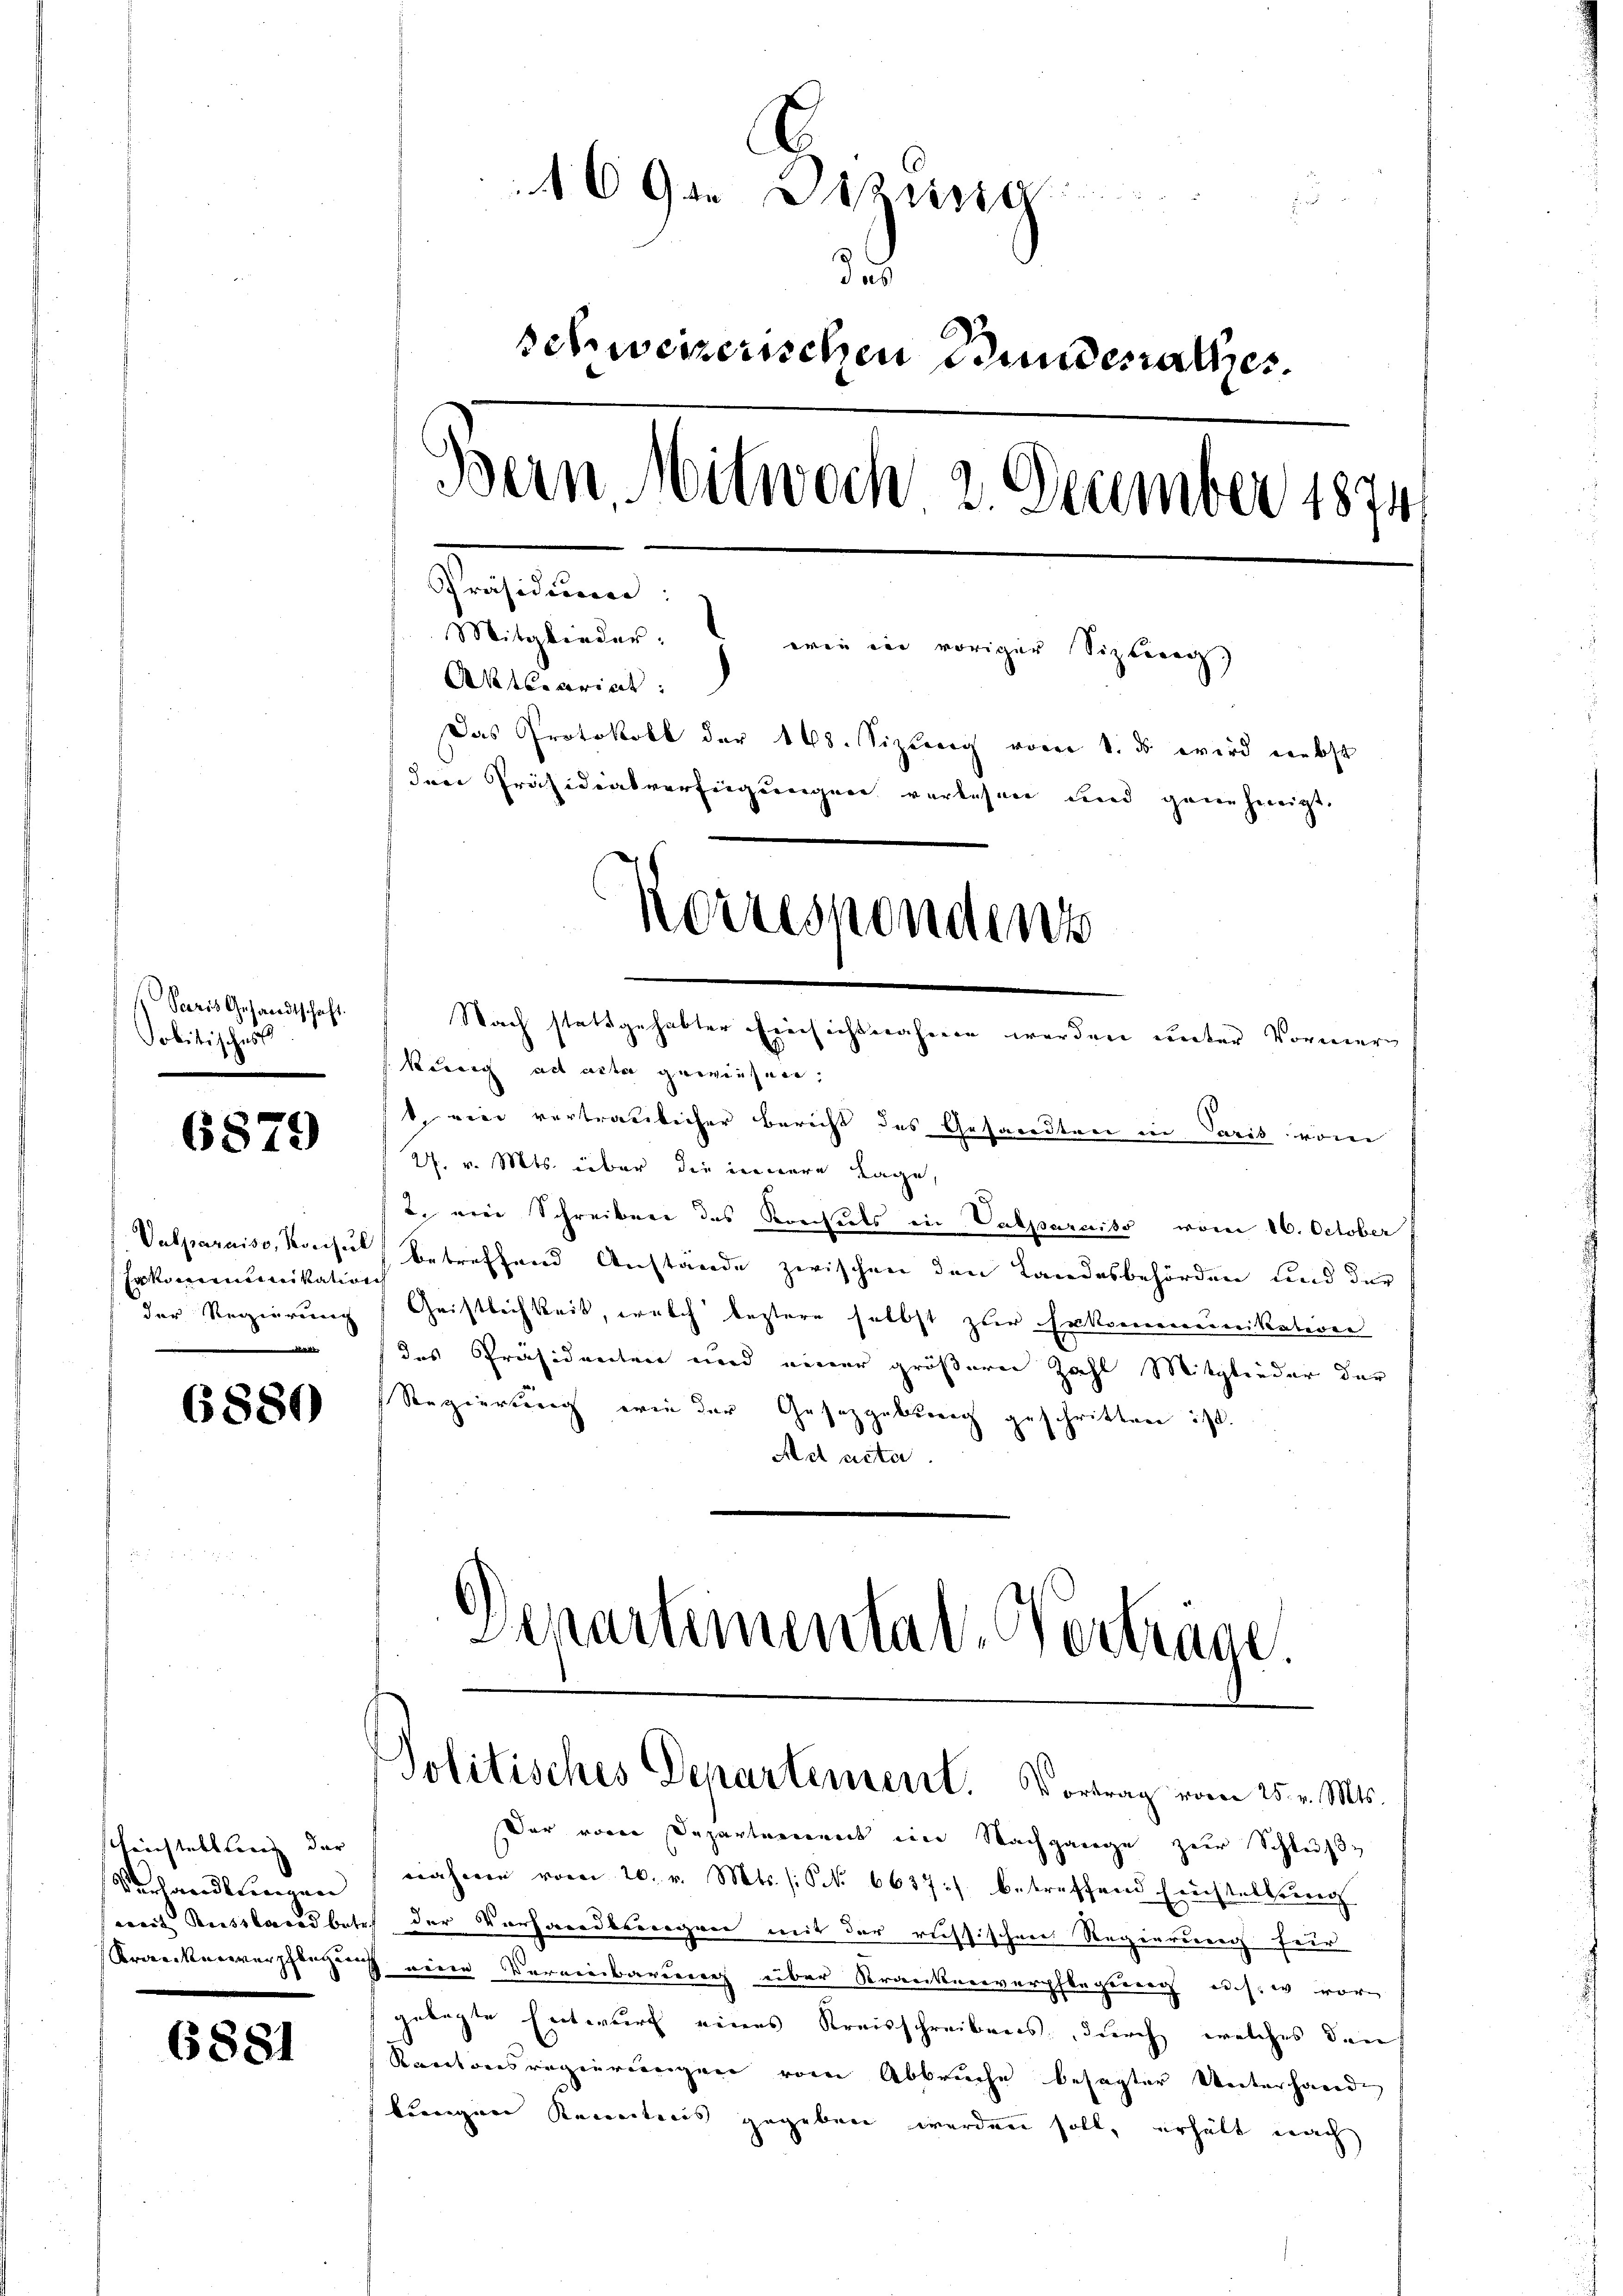
Sacris Gesandtschaft.
Politischers

6879

Vasparniss, Rocise
Jammene Ration
der Regierung
n

6880

scheichterslang der
Verhandlungen

6881

169. Diring
u
.
schweizerischen Bunderathes.
Bern, Mitwoch 2. Dezember 1874.
Gerhalten.
Mitglieder: wie in voriger Sizling
Antecariat
Das Protokoll der 148. Sizung vom 1. ds wird nebst
der Präsidialverfügungen verlesen und genehmigt.
Neruchendent
Nach stattgehabter Einsichtnahmen werden unter Vormerg
Kassig ad acta gewiesene,

Der von Departement im Nachgange zur Schluße
nahme vom 20. v. Mts. (S. 6637:/ betreffend Erstellung
semit Russlandbesich der Vorhandlungen mit der russischen Regierung für
Krorecker verpflegung eine Vereinbarung über Kranknerverpflegung ich. w vorgelegte Entwurf eines Kreisschreibens, durch welches den
Rantonsregierungen vom Abbruche besagter Unterhande
kungen Kenntnis gegeben werden soll, erhält nach

b. eine vertraulicher Bericht des Gesandten in Paris vom
27. v. Mts. über die innere Lage,
2. eine Schreiben des Konsuls in Paparaiso vom 16. October
betreffend Anstände zwischen den Landesbehörden und der
Geistlichkeit, welch leztere selbst zur Erkommunikation
des Präsidenten und einer größerer Zahl Mitglieder der
Regierung wie der Gesetzgebung geschritten ist.
Act acta.

Separtemental-Vertrage.

Politisches Departement. Vortrag vom 25. v. Mts.